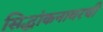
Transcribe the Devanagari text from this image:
सिद्धांकनावरची